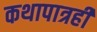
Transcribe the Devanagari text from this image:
कथापात्रही